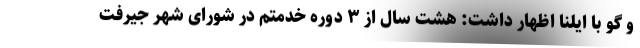
و گو با ایلنا اظهار داشت: هشت سال از ۳ دوره خدمتم در شورای شهر جیرفت